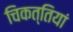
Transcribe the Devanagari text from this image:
चिकत्तियां